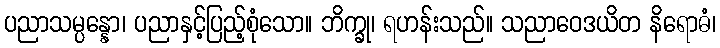
ပညာသမ္ပန္နော၊ ပညာနှင့်ပြည့်စုံသော။ ဘိက္ခု၊ ရဟန်းသည်။ သညာဝေဒယိတ နိရောဓံ၊